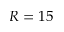
R = 1 5